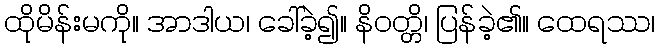
ထိုမိန်းမကို။ အာဒါယ၊ ခေါ်ခဲ့၍။ နိဝတ္တိ၊ ပြန်ခဲ့၏။ ထေရဿ၊